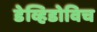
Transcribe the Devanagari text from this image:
डेव्हिडोविच